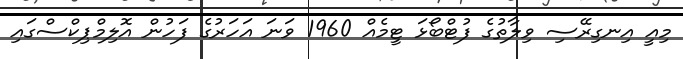
މިއީ އިނގިރޭސި ވިލާތުގެ ފުޓްބޯޅަ ޓީމެއް 1960 ވަނަ އަހަރުގެ ފަހުން އޮލިމްޕިކްސްގައި